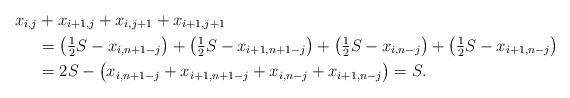
LaTeX: \begin{align*}x_{i,j} &+ x_{i+1,j} + x_{i,j+1} + x_{i+1,j+1} \\&= \bigl( \tfrac{1}{2} S - x_{i, n+1-j} \bigr)+ \bigl( \tfrac{1}{2} S - x_{i+1, n+1-j} \bigr)+ \bigl( \tfrac{1}{2} S - x_{i, n-j} \bigr) + \bigl( \tfrac{1}{2} S - x_{i+1, n-j} \bigr) \\&= 2S - \bigl( x_{i, n+1-j} + x_{i+1, n+1-j} + x_{i, n-j} + x_{i+1, n-j} \bigr) =S.\end{align*}